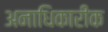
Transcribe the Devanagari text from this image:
अनाधिकारीक